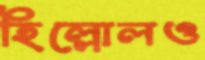
হিল্লোলও